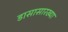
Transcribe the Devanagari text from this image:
डासासारख्या